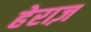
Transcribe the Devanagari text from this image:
हेराज़